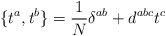
\begin{align*}\{ t^a, t^b \} = {1\over N} \delta^{ab} + d^{abc} t^c\end{align*}